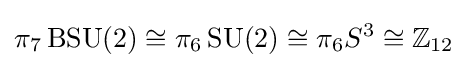
\pi _{7}\operatorname {BSU} (2)\cong \pi _{6}\operatorname {SU} (2)\cong \pi _{6}S^{3}\cong \mathbb {Z} _{12}